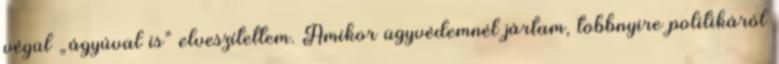
végül „ágyúval is” elveszítettem. Amikor ügyvédemnél jártam, többnyire politiká­ról